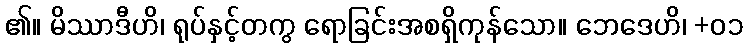
၏။ မိဿာဒီဟိ၊ ရုပ်နှင့်တကွ ရောခြင်းအစရှိကုန်သော။ ဘေဒေဟိ၊ +၀၁